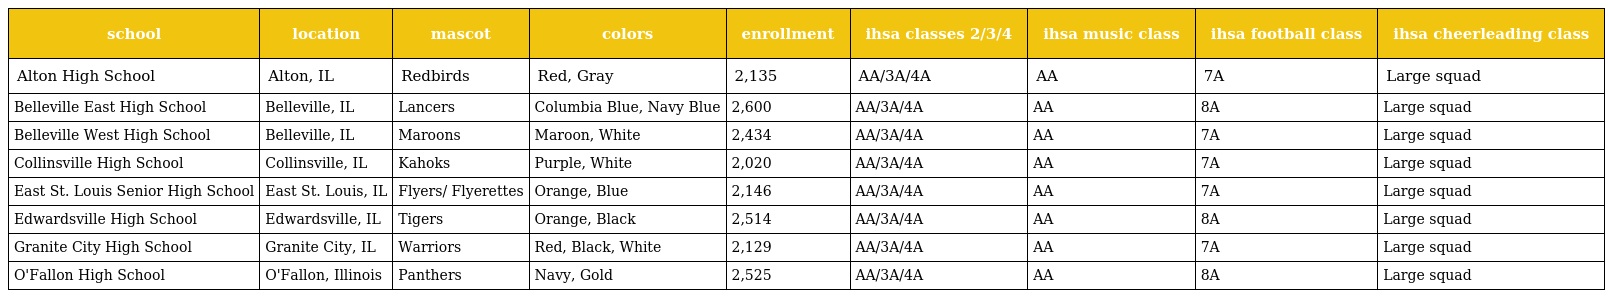
| school | location | mascot | colors | enrollment | ihsa classes 2/3/4 | ihsa music class | ihsa football class | ihsa cheerleading class |
 | --- | --- | --- | --- | --- | --- | --- | --- | --- |
 | Alton High School | Alton, IL | Redbirds | Red, Gray | 2,135 | AA/3A/4A | AA | 7A | Large squad |
 | Belleville East High School | Belleville, IL | Lancers | Columbia Blue, Navy Blue | 2,600 | AA/3A/4A | AA | 8A | Large squad |
 | Belleville West High School | Belleville, IL | Maroons | Maroon, White | 2,434 | AA/3A/4A | AA | 7A | Large squad |
 | Collinsville High School | Collinsville, IL | Kahoks | Purple, White | 2,020 | AA/3A/4A | AA | 7A | Large squad |
 | East St. Louis Senior High School | East St. Louis, IL | Flyers/ Flyerettes | Orange, Blue | 2,146 | AA/3A/4A | AA | 7A | Large squad |
 | Edwardsville High School | Edwardsville, IL | Tigers | Orange, Black | 2,514 | AA/3A/4A | AA | 8A | Large squad |
 | Granite City High School | Granite City, IL | Warriors | Red, Black, White | 2,129 | AA/3A/4A | AA | 7A | Large squad |
 | O'Fallon High School | O'Fallon, Illinois | Panthers | Navy, Gold | 2,525 | AA/3A/4A | AA | 8A | Large squad |